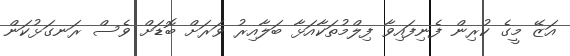
އަޒޭ މީގެ ކުރިން ފެނިފައިވާ ފިލްމުތަކާއަޅާ ބަލާއިރު ވަރަށް ބޮޑަށް ވެސް ރަނގަޅުކަން